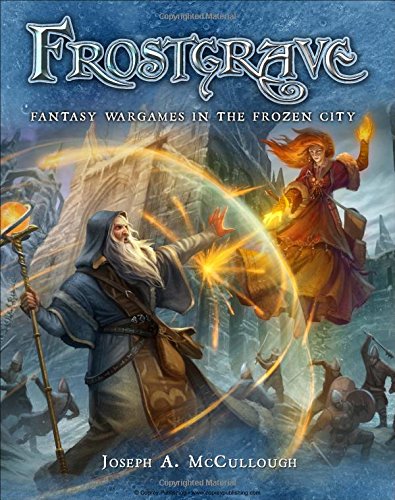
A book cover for Frostgrave: Fantasy Wargames in the Frozen City; Joseph McCullough; Science Fiction & Fantasy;